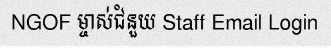
NGOF ម្ចាស់ជំនួយ Staff Email Login